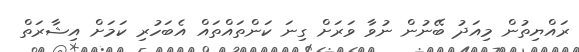
ރައްޔިތުން މިއަދު ބޭނުން ނުވާ ވަރަށް ގިނަ ކަންތައްތައް އެބަހުރި ކަމަށް އިޝާރަތް